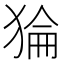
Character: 𰡛